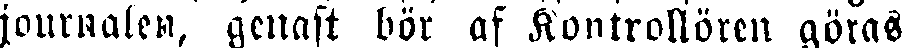
journalen, genast bör af Kontrollören göras